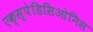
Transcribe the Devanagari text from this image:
एक्स्पेडिसिओनिस